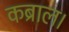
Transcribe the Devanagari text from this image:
कब्राल।